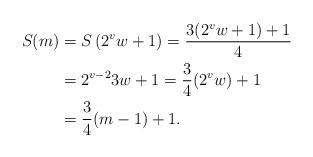
LaTeX: \begin{align*}S(m) & = S\left( 2^vw+1\right) = \frac{3(2^vw+1)+1}{4} \\ & = 2^{v-2}3w +1 = \frac{3}{4} (2^v w)+1 \\ & = \frac{3}{4} (m-1)+1. \end{align*}